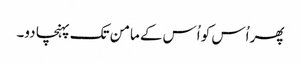
پھر اُس کو اُس کے مامن تک پہنچا دو۔